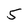
Character: 5